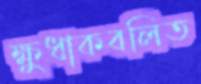
ক্ষুধাকবলিত